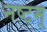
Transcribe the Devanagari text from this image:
नष्टम्